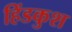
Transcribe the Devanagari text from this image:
हिंडकुश